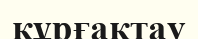
құрғақтау